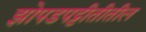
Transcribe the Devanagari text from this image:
झोपडपट्टीतीतील